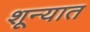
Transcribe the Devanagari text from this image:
शून्यात